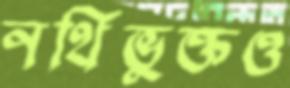
নথিভুক্তও